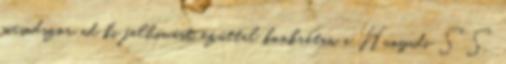
másodszor ad ki felhívást, ezúttal konkrétan a Hunyadi SS